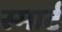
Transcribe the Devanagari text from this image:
स्‍मार्ट